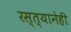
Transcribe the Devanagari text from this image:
रस्त्यानेही